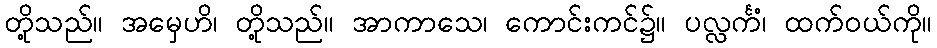
တို့သည်။ အမှေဟိ၊ တို့သည်။ အာကာသေ၊ ကောင်းကင်၌။ ပလ္လင်္ကံ၊ ထက်ဝယ်ကို။